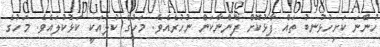
ހުންނަ ކަށިހުޅުނބު ތައް ފާޅުކޮށް ފެންނާކަން ނުހުރެއެވެ. މަހުގެ ކުލައަކީ ކަޅުކުލައެވެ. މަހުގެ